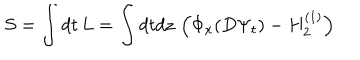
S = \int d t \, L = \int d t d z \, \left( \Phi _ { x } ( D \Psi _ { t } ) - H _ { 2 } ^ { ( 1 ) } \right)